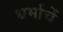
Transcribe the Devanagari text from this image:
धर्माचें